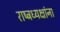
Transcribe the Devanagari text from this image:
राष्ट्रध्यक्षांना